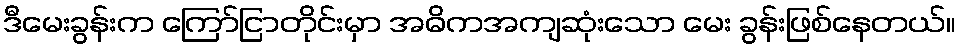
ဒီမေးခွန်းက ကြော်ငြာတိုင်းမှာ အဓိကအကျဆုံးသော မေး ခွန်းဖြစ်နေတယ်။